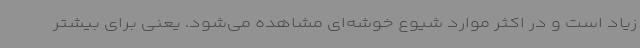
زیاد است و در اکثر موارد شیوع خوشه‌ای مشاهده می‌شود. یعنی برای بیشتر